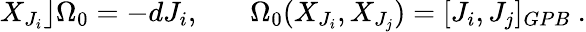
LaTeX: X_{J_{i}}\rfloor\Omega_{0}=-dJ_{i},~~~~~~~\Omega_{0}(X_{J_{i}},X_{J_{j}})=[J_{i},J_{j}]_{GPB}~.